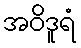
အဝိဒူရံ